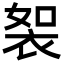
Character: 䘫